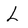
Character: L